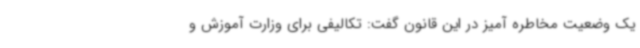
یک وضعیت مخاطره آمیز در این قانون گفت: تکالیفی برای وزارت آموزش و